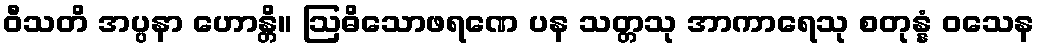
ဝီသတိ အပ္ပနာ ဟောန္တိ။ ဩဓိသောဖရဏေ ပန သတ္တသု အာကာရေသု စတုန္နံ ဝသေန